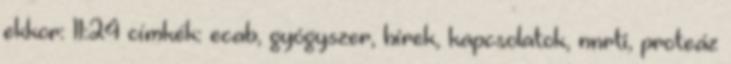
ekkor: 11:24 címkék: ecab, gyógyszer, hírek, kapcsolatok, nnrti, proteáz